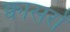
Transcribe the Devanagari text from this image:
क्वासरों